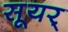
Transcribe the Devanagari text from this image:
सूयर्